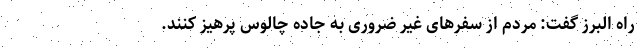
راه البرز گفت: مردم از سفرهای غیر ضروری به جاده چالوس پرهیز کنند.